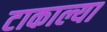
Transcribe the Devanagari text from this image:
टाकाल्या